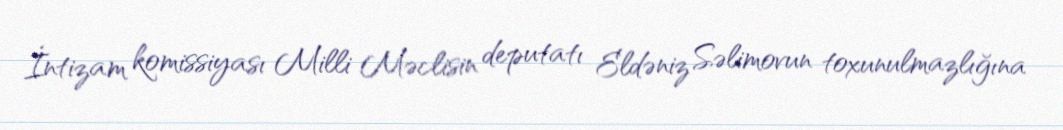
İntizam komissiyası Milli Məclisin deputatı Eldəniz Səlimovun toxunulmazlığına